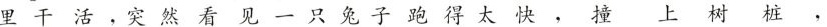
里干活，突然看见一只兔子跑得太爱，撞上树桩，